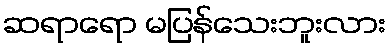
ဆရာရော မပြန်သေးဘူးလား